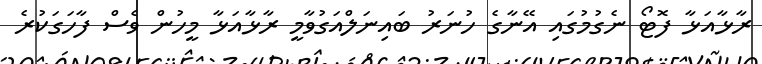
ރާޅާއަޅާ ފޮޓޯ ނެގުމުގައި އޭނާގެ ހުނަރު ބައިނަލްއަގުވާމީ ރާޅާއަޅާ މީހުން ވެސް ފާހަގަކުރެ